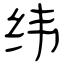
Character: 纬